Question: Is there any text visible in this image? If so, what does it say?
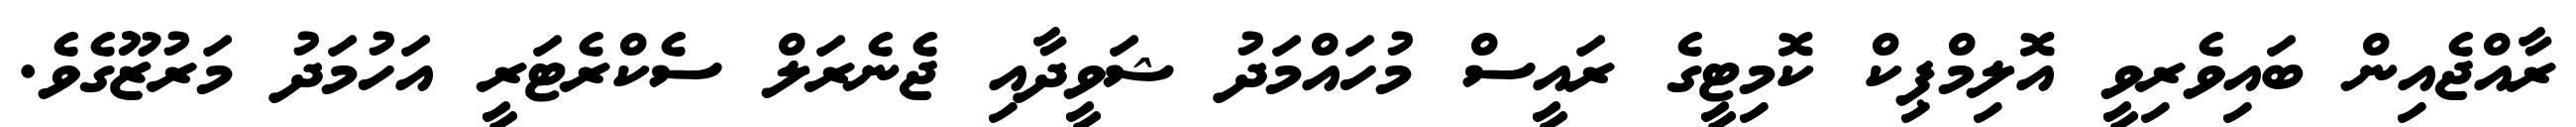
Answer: ރާއްޖެއިން ބައިވެރިވީ އޮލިމްޕިކް ކޮމިޓީގެ ރައީސް މުހައްމަދު ޝަވީދާއި ޖެނެރަލް ސެކްރެޓަރީ އަހުމަދު މަރުޒޫގެވެ.